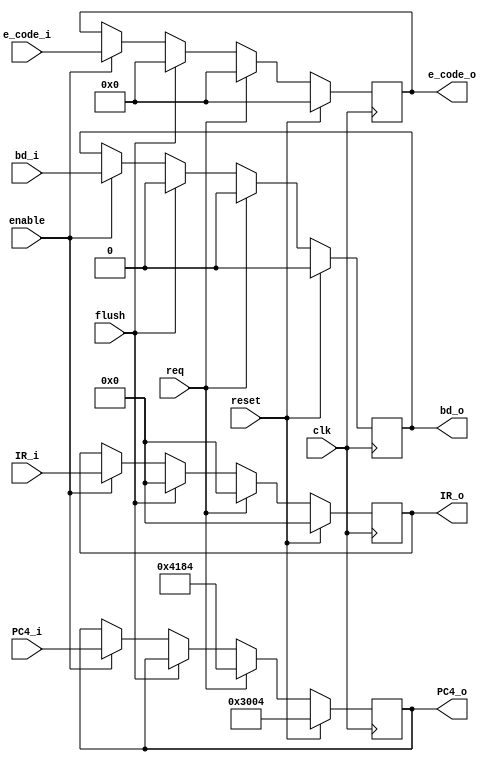
`timescale 1ns / 1ps
//////////////////////////////////////////////////////////////////////////////////
// Company: 
// Engineer: 
// 
// Design Name: 
// Module Name:    D 
// Project Name: 
// Target Devices: 
// Tool versions: 
// Description: 
//
// Dependencies: 
//
// Revision: 
// Revision 0.01 - File Created
// Additional Comments: 
//
//////////////////////////////////////////////////////////////////////////////////
module D(
    input [31:0] IR_i,
	 input [31:0] PC4_i,
	 input clk,
	 input reset,
	 input req,
	 input flush,
	 input enable,
	 output reg [31:0] IR_o,
	 output reg [31:0] PC4_o,
	 
	 input [4:0] e_code_i,
	 input bd_i,
	 output reg [4:0] e_code_o,
	 output reg bd_o
    );

	 always @(posedge clk) begin
	     if(reset) begin
		      PC4_o <= 'h3004;
		      IR_o <= 0;
				e_code_o <= 0;
				bd_o <= 0;
		  end
		  else if(req) begin
		      PC4_o <= 'h4184;
		      IR_o <= 0;
				e_code_o <= 0;
				bd_o <= 0;
		  end
		  else if(flush) begin
		      IR_o <= 0;
				e_code_o <= 0;
				bd_o <= 0;
		  end
		  else begin
		      if(enable) begin
				    IR_o <= IR_i;
		          PC4_o <= PC4_i;
					 e_code_o <= e_code_i;
					 bd_o <= bd_i; 
				end
		  end
	 end

endmodule